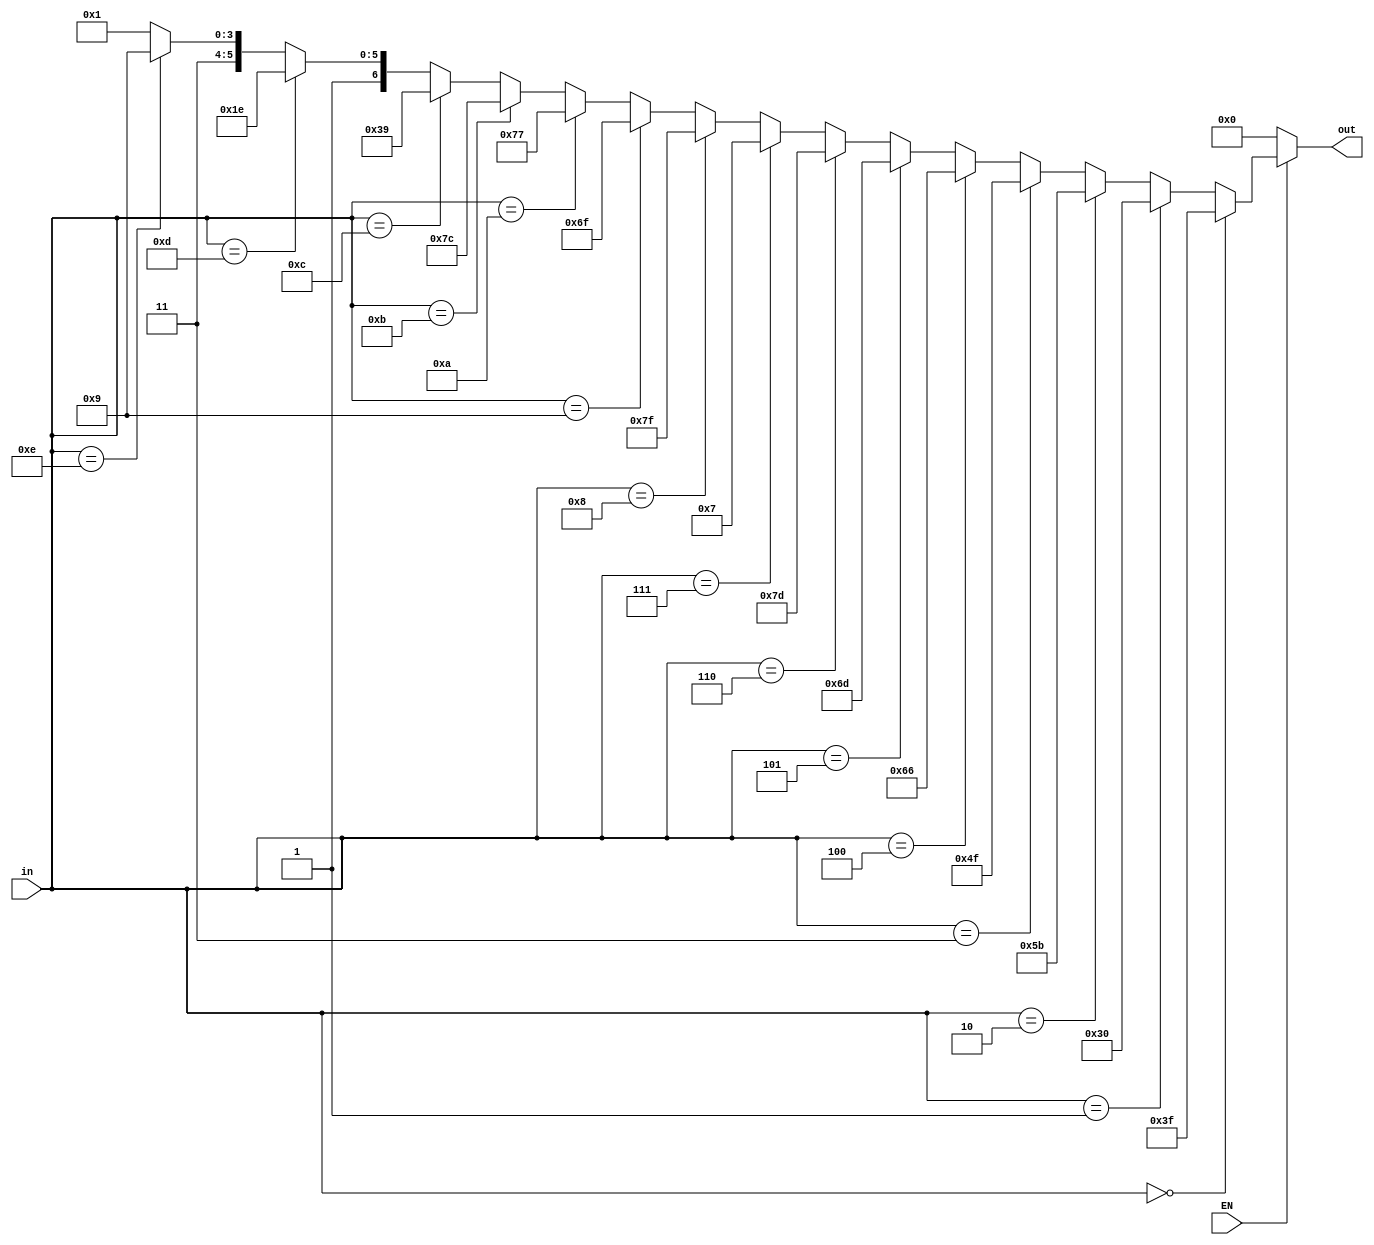
`timescale 1ns / 1ps
//////////////////////////////////////////////////////////////////////////////////
// Company: 
// Engineer: 
// 
// Design Name: 
// Module Name:    sevenseg_decoder 
// Project Name: 
// Target Devices: 
// Tool versions: 
// Description: 
//
// Dependencies: 
//
// Revision: 
// Revision 0.01 - File Created
// Additional Comments: 
//
//////////////////////////////////////////////////////////////////////////////////
module sevenseg_decoder(
    output [6:0] out,
	 input EN,
    input [3:0] in
    );
	 wire [6:0] w1;
	 assign w1= (in==4'b0000 )?  7'b0111111:
	            ( in==4'b0001 )?  7'b0110000:
					( in==4'b0010 )?  7'b1011011:
					( in==4'b0011 )?  7'b1001111:
					( in==4'b0100 )?  7'b1100110:
					( in==4'b0101 )?  7'b1101101:
					( in==4'b0110 )?  7'b1111101: 
					( in==4'b0111 )?  7'b0000111:
					( in==4'b1000 )?  7'b1111111:
					( in==4'b1001 )?  7'b1101111:
					( in==4'b1010 )?  7'b1110111:
					( in==4'b1011 )?  7'b1111100:
					( in==4'b1100 )?  7'b0111001:
					( in==4'b1101 )?  7'b1011110:
					( in==4'b1110 )?  7'b1111001: 7'b1110001;
	 assign out=(EN)? w1 : 7'b0000000;


endmodule